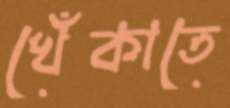
খেঁকাতে